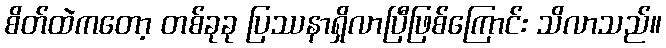
စိတ်ထဲကတော့ တစ်ခုခု ပြဿနာရှိလာပြီဖြစ်ကြောင်း သိလာသည်။